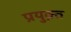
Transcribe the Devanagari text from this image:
प्रयुक्त़